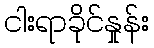
ငါးရာခိုင်နှုန်း